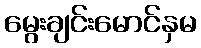
မွေးချင်းမောင်နှမ